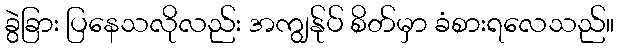
ခွဲခြား ပြနေသလိုလည်း အကျွန်ုပ် စိတ်မှာ ခံစားရလေသည်။